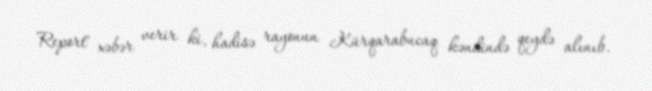
Report" xəbər verir ki, hadisə rayonun Kürqarabucaq kəndində qeydə alınıb.